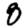
Digit: 8